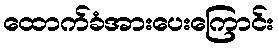
ထောက်ခံအားပေးကြောင်း